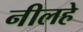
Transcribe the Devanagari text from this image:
नीलहे